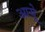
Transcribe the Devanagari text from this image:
आयूे